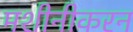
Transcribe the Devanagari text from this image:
मशीनीकरन